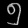
Digit: ၅